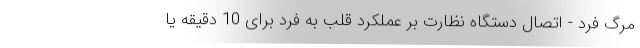
مرگ فرد - اتصال دستگاه نظارت بر عملکرد قلب به فرد برای 10 دقیقه یا